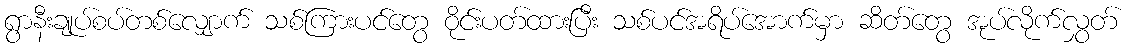
ရွာနီးချုပ်စပ်တစ်လျှောက် သစ်ကြားပင်တွေ ဝိုင်းပတ်ထားပြီး သစ်ပင်အရိပ်အောက်မှာ ဆိတ်တွေ အုပ်လိုက်လွှတ်